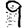
Digit: 9